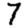
Digit: 7